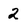
Character: 2